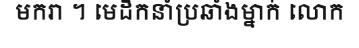
មករា ។ មេដឹកនាំប្រឆាំងម្នាក់ លោក